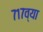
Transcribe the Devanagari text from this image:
७१७व्या